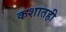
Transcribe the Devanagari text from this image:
कशातही